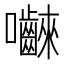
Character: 𭍐